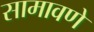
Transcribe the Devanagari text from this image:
सामावणे